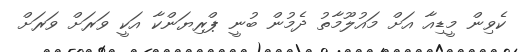
ކެވިން މީޑިއާ އަށް މައުލޫމާތު ދެމުން ބުނީ ޕްރިޔަންކާ އަކީ ވަރަށް ވަރަށް